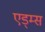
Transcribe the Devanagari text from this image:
एड्म्स